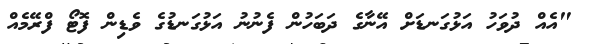
"އެއް ދުވަހު އަޅުގަނޑަށް އޭނާގެ ދަބަހުން ފެނުނު އަޅުގަނޑުގެ ވެޑިން ފޮޓޯ ފްރޭމެއް